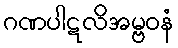
ဂဏပါဋလိအမ္ဗဝနံ